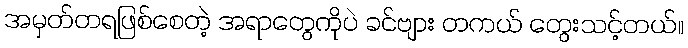
အမှတ်တရဖြစ်စေတဲ့ အရာတွေကိုပဲ ခင်ဗျား တကယ် တွေးသင့်တယ်။